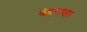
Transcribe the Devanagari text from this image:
बेइन्तहा